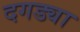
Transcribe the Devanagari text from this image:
दगड्या